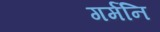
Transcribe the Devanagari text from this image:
गर्मनि